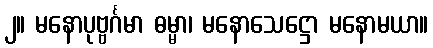
၂။ မနောပုဗ္ဗင်္ဂမာ ဓမ္မာ၊ မနောသေဋ္ဌော မနောမယာ။